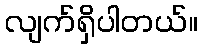
လျက်ရှိပါတယ်။